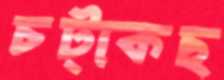
চট্‌কেছ